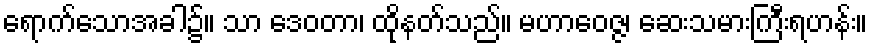
ရောက်သောအခါ၌။ သာ ဒေဝတာ၊ ထိုနတ်သည်။ မဟာဝေဇ္ဇ၊ ဆေးသမားကြီးရဟန်း။